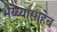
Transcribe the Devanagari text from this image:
भैय्य्यासाहेब